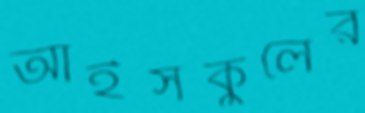
আইসকুলের